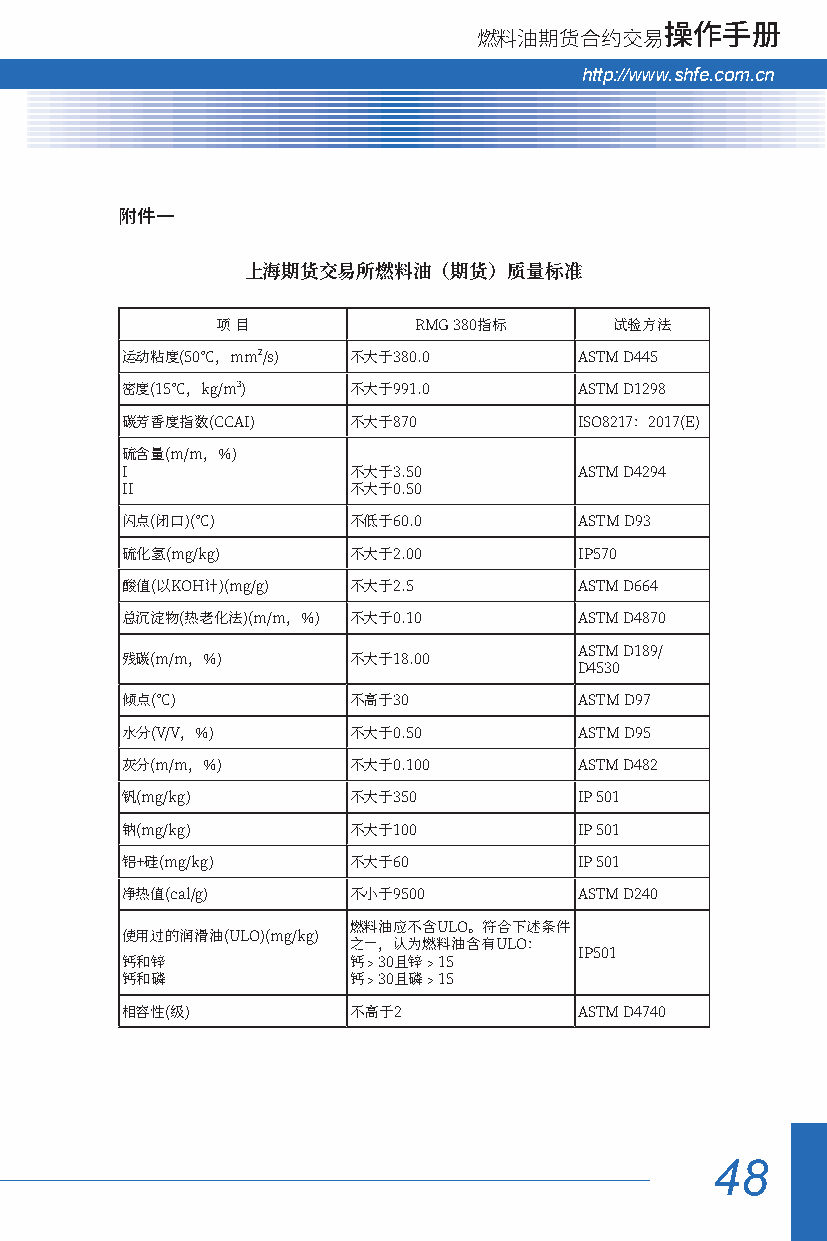
燃料油期货合约交易操作手册
 hhttttpp::////wwwwww..sshhffee..ccoomm..ccnn
 附件一
 上海期货交易所燃料油（期货）质量标准
 项 目          RMG 380指标     试验方法
 2
 运动粘度(50℃，mm/s) 不大于380.0       ASTM D445
 3
 密度(15℃，kg/m)   不大于991.0       ASTM D1298
 碳芳香度指数(CCAI)   不大于870         ISO8217：2017(E)
 硫含量(m/m，%)
 I              不大于3.50        ASTM D4294
 II             不大于0.50
 闪点(闭口)(℃)      不低于60.0        ASTM D93
 硫化氢(mg/kg)     不大于2.00        IP570
 酸值(以KOH计)(mg/g) 不大于2.5        ASTM D664
 总沉淀物(热老化法)(m/m，%) 不大于0.10     ASTM D4870
 ASTM D189/
 残碳(m/m，%)      不大于18.00
 D4530
 倾点(℃)          不高于30          ASTM D97
 水分(V/V，%)      不大于0.50        ASTM D95
 灰分(m/m，%)      不大于0.100       ASTM D482
 钒(mg/kg)       不大于350         IP 501
 钠(mg/kg)       不大于100         IP 501
 铝+硅(mg/kg)     不大于60          IP 501
 净热值(cal/g)     不小于9500        ASTM D240
 燃料油应不含ULO。符合下述条件
 使用过的润滑油(ULO)(mg/kg)
 之一，认为燃料油含有ULO：
 IP501
 钙和锌            钙﹥30且锌﹥15
 钙和磷            钙﹥30且磷﹥15
 相容性(级)         不高于2           ASTM D4740
 48